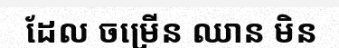
ដែល ចម្រើន ឈាន មិន